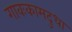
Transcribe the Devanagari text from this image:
गावःकामदुधा